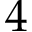
4